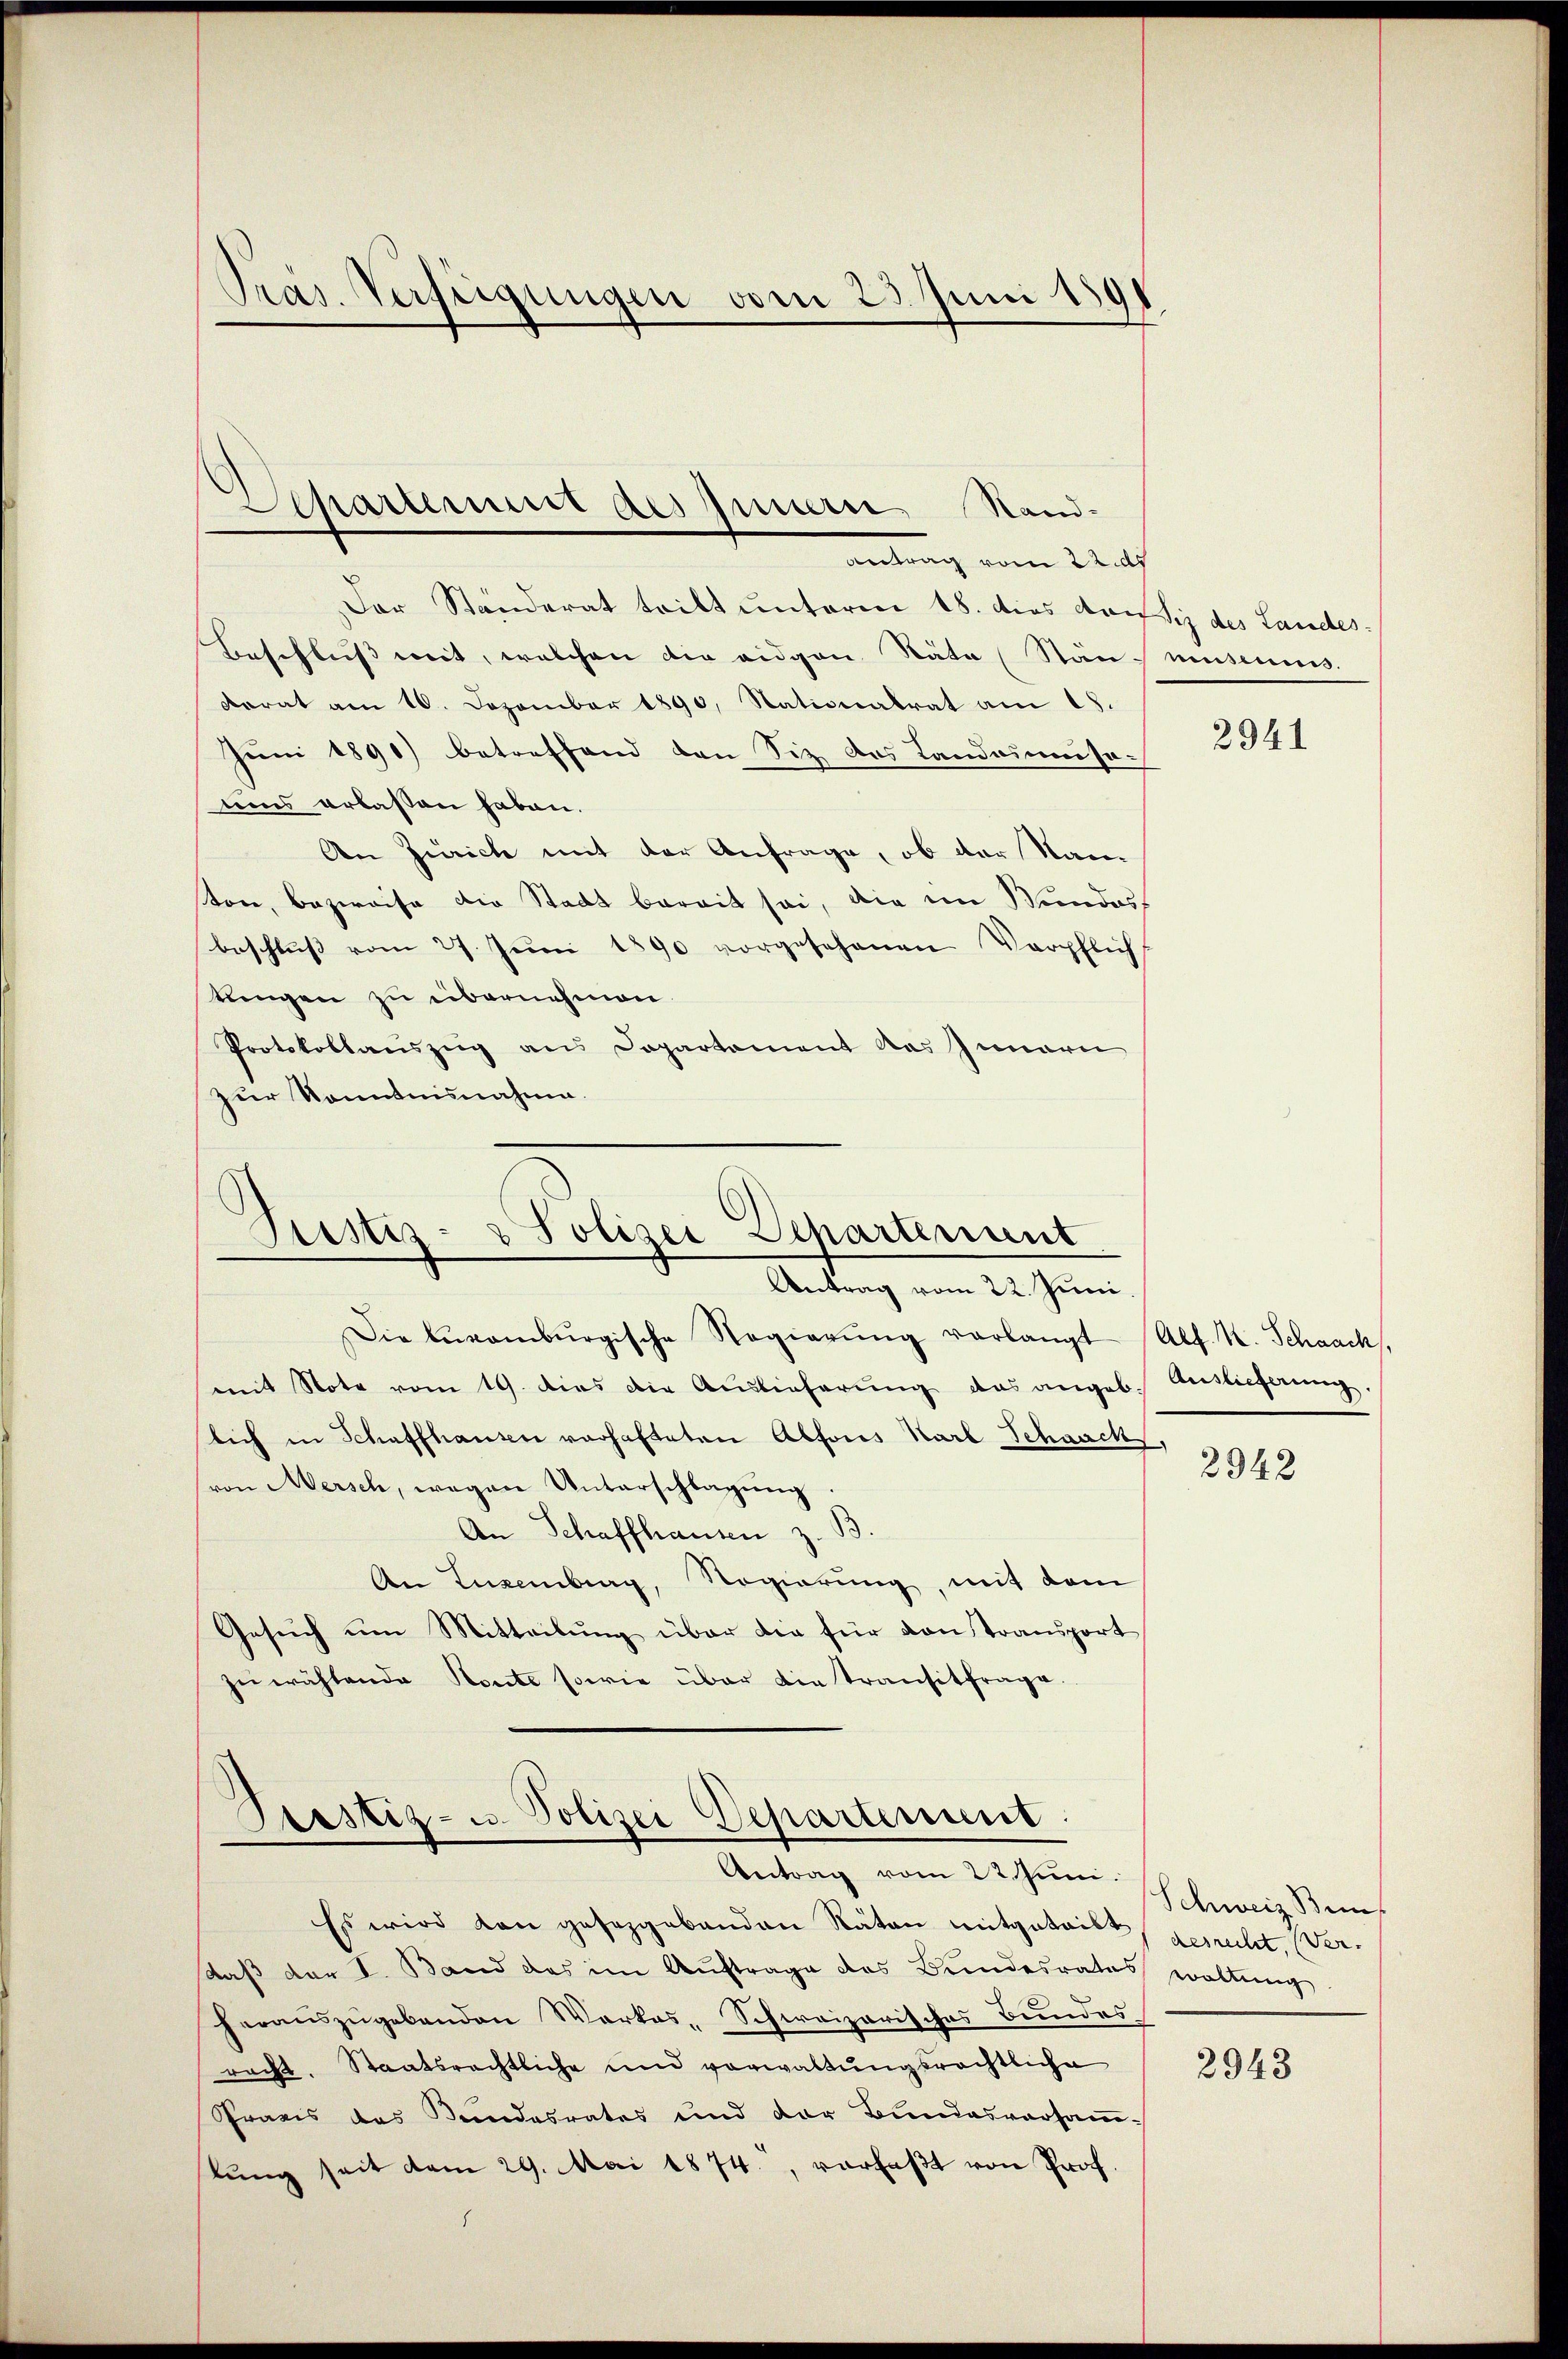
Präs. Verfügungen vom 23. Juni 1891

Der Ständerat tritt unterm 18. dies consiz des Landes:
Beschluss mit, welchen die eidgen Stäte (Stänmuseums.
korat am 16. Dezember 1890, Nationalrat am 18.
Juni 1891) betreffend den Siz das Landauisoums erlassen haben.
An Zürich mit der Anfrage, ob der Stanton, bezweife die Stadt bereit sei, die im Wundes
beschluß vom 27. Juni 1890 vorgesehenen Verpflich
tlingen zu übernehmen.
Protokollauszug aus Departament das Innern
zur Kenntnisnahme.

Aepartement des Innern, Stand¬
Antrag vom 22. ds

Die Aŭsamburgische Regierŭng vorlangt (Alf. H. Schaach,
mit Note vom 19. dies die Auslieferŭng das angeb. Auslieferung.
lich in Schaffhause vorhafteten Abfons Karl Schaach,
(von Mersch, wegen Unterschlagung
An Schaffhausen z. B
An Euzemberg, Regierung, mit dem
Gesuch um Mitteilung über die für von Transport
zuwählende Konte sowie über die transitfrage.

.
Justiz- & Polizei Departement
Antrag vom 22. Juni

Prostiz- u. Polizei Departement.
Antrag vom 22. Jun. Schweiz Ben

Es wird von gesezgebenden Räten mitgeteilt, gesrecht. (Ver-
daß der I. Band das im Auftrage das Bundesrates woltŭng
herauszugebenden Werkes-Schweizerisches Bundes
racht. Staatsrechtliche und vorwaltŭngsrechtliche
Praxis des Kundesrates und der Bundesversammlŭng seit vom 29. Mai 1874., verfaßt von Prof.

2941

2942

2948